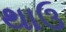
થાઉ